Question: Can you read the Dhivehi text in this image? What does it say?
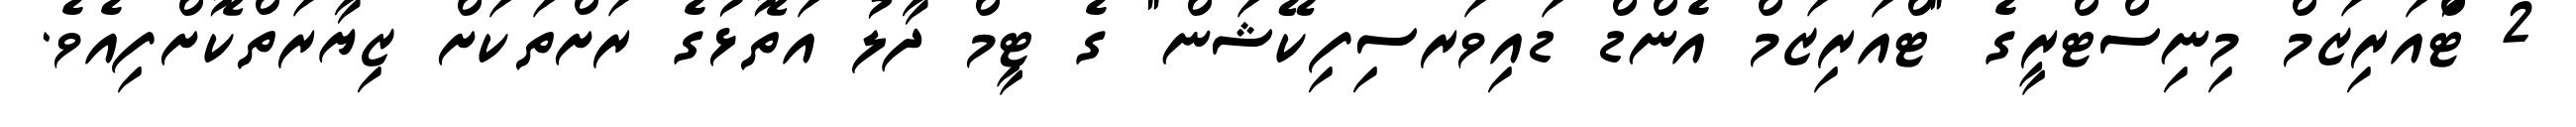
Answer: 2 ޓްުއަރިޒަމް މިނިސްޓްރީގެ "ޓްއަރިޒަމް އެންޑް ޑައިވަރސިފިކޭޝަން" ގެ ޓީމް ދާލު އަތޮޅުގެ ރަށްތަކަށް ޒިޔާރަތްކޮށްފިއެވެ.